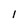
Character: l